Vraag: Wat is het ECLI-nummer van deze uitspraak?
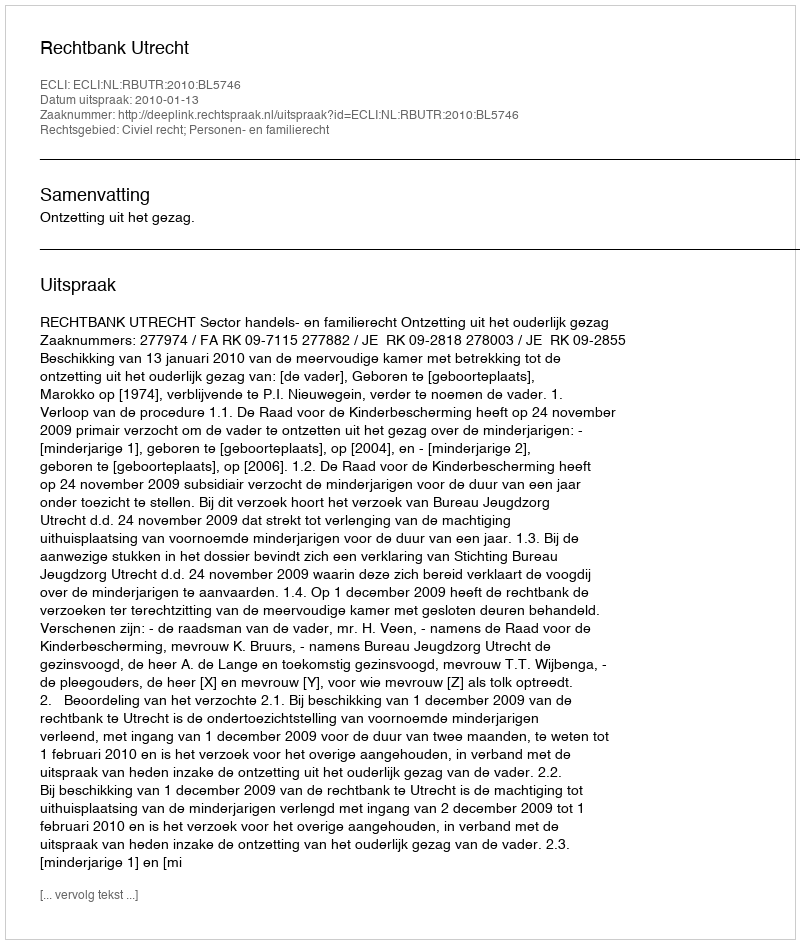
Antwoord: ECLI:NL:RBUTR:2010:BL5746